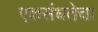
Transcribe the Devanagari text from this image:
एकसंधतेचा